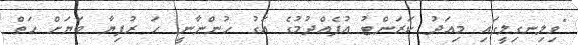
"ވިލިނގިލީގައި މިއަދު ކަރަންޓު އުފެއްދުމުގެ އަގު ހުންނާނީ ހަ ރުފިޔާ ބަޔަށް ހަތް